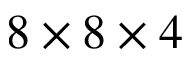
8 \times 8 \times 4